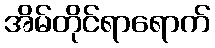
အိမ်တိုင်ရာရောက်